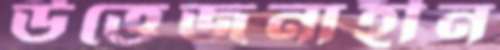
উত্তেজনাহীন